Sketch of the medical history of the native army of Bombay, for the year
Year: 1876
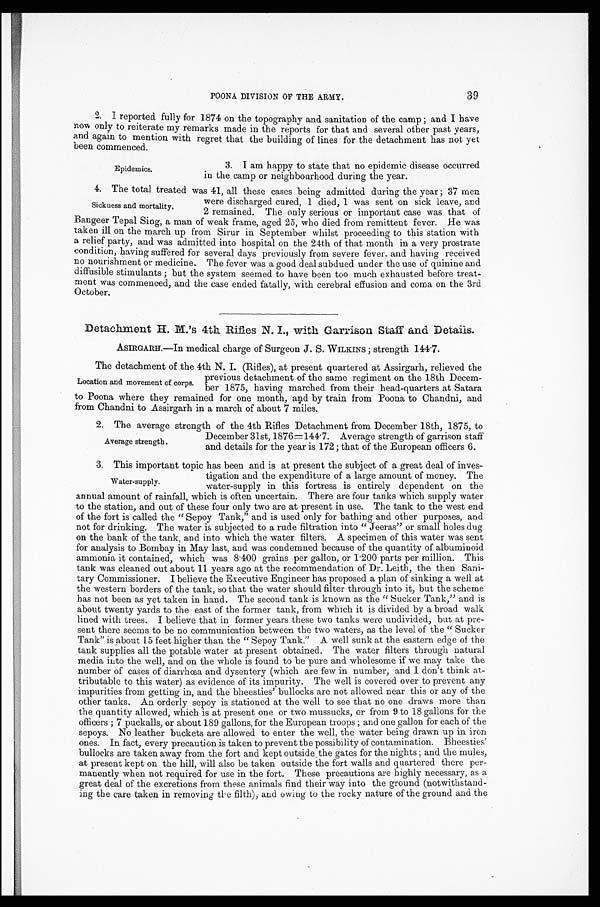
39
POONA DIVISION OF THE ARMY.
2. I reported fully for 1874 on the topography and sanitation of the camp; and I have
now only to reiterate my remarks made in the reports for that and several other past years,
and again to mention with regret that the building of lines for the detachment has not yet
been commenced.
Epidemics.
3. I am happy to state that no epidemic disease occurred
in the camp or neighbourhood during the year.
4. The total treated was 41, all these cases being admitted during the year; 37 men
were discharged cured, 1 died, 1 was sent on sick leave, and
2 remained. The only serious or important case was that of
Bangeer Tepal Sing, a man of weak frame, aged 25, who died from remittent fever. He was
taken ill on the march up from Sirur in September whilst proceeding to this station with
a relief party, and was admitted into hospital on the 24th of that month in a very prostrate
condition, having suffered for several days previously from severe fever, and having received
no nourishment or medicine. The fever was a good deal subdued under the use of quinine and
diffusible stimulants; but the system seemed to have been too much exhausted before treat
-ment was commenced, and the case ended fatally, with cerebral effusion and coma on the 3rd
October.
Detachment H. M.'s 4th Rifles N. I., with Garrison Staff and Details.
ASIRGARH.—In medical charge of Surgeon J. S. WILKINS; strength 144.7.
The detachment of the 4th N. I. (Rifles), at present quartered at Assirgarh, relieved the
previous detachment of the same regiment on the 18th Decem-
ber 1875, having marched from their head-quarters at Satara
to Poona where they remained for one month, and by train from Poona to Chandni, and
from Chandni to Assirgarh in a march of about 7 miles.
2 . T h e a v e r a g e s t r e n g t h o f t h e 4 t h R i f l e s D e t a c h m e n t f r o m D e c e m b e r 1 8 t h , 1 8 7 5 , t o
December 31st, 1876=144.7. Average strength of garrison staff
and details for the year is 172; that of the European officers 6.
3. This important topic has been and is at present the subject of a great deal of inves
-tigation and the expenditure of a large amount of money. The
water-supply in this fortress is entirely dependent on the
annual amount of rainfall, which is often uncertain. There are four tanks which supply water
to the station, and out of these four only two are at present in use. The tank to the west end
of the fort is called the "Sepoy Tank," and is used only for bathing and other purposes, and
not for drinking. The water is subjected to a rude filtration into "Jeeras" or small holes dug
on the bank of the tank, and into which the water filters. A specimen of this water was sent
for analysis to Bombay in May last, and was condemned because of the quantity of albuminoid
ammonia it contained, which was 8.400 grains per gallon, or 1.200 parts per million. This
tank was cleaned out about 11 years ago at the recommendation of Dr. Leith, the then Sani
- t a r y C o m m i s s i o n e r . I b e l i e v e t h e E x e c u t i v e E n g i n e e r h a s p r o p o s e d a p l a n o f s i n k i n g a w e l l a t
the western borders of the tank, so that the water should filter through into it, but the scheme
has not been as yet taken in hand. The second tank is known as the "Sucker Tank," and is
about twenty yards to the east of the former tank, from which it is divided by a broad walk
lined with trees. I believe that in former years these two tanks were undivided, but at pre
- s e n t t h e r e s e e m s t o b e n o c o m m u n i c a t i o n b e t w e e n t h e t w o w a t e r s , a s t h e l e v e l o f t h e " S u c k e r
Tank" is about 15 feet higher than the "Sepoy Tank." A well sunk at the eastern edge of the
tank supplies all the potable water at present obtained. The water filters through natural
media into the well, and on the whole is found to be pure and wholesome if we may take the
number of cases of diarrhœa and dysentery (which are few in number, and I don't think at
- t r i b u t a b l e t o t h i s w a t e r ) a s e v i d e n c e o f i t s i m p u r i t y . T h e w e l l i s c o v e r e d o v e r t o p r e v e n t a n y
impurities from getting in, and the bheesties' bullocks are not allowed near this or any of the
other tanks. An orderly sepoy is stationed at the well to see that no one draws more than
the quantity allowed, which is at present one or two mussucks, or from 9 to 18 gallons for the
officers; 7 puckalls, or about 189 gallons, for the European troops; and one gallon for each of the
sepoys. No leather buckets are allowed to enter the well, the water being drawn up in iron
ones. In fact, every precaution is taken to prevent the possibility of contamination. Bheesties'
bullocks are taken away from the fort and kept outside the gates for the nights; and the mules,
at present kept on the hill, will also be taken outside the fort walls and quartered there per
- m a n e n t l y w h e n n o t r e q u i r e d f o r u s e i n t h e f o r t . T h e s e p r e c a u t i o n s a r e h i g h l y n e c e s s a r y , a s a
great deal of the excretions from these animals find their way into the ground (notwithstand-
ing the care taken in removing the filth), and owing to the rocky nature of the ground and the
Sickness and mortality.
Location and movement of corps.
Average strength.
Water-supply.